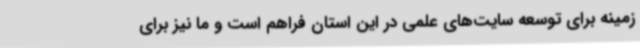
زمینه برای توسعه سایت‌های علمی در این استان فراهم است و ما نیز برای